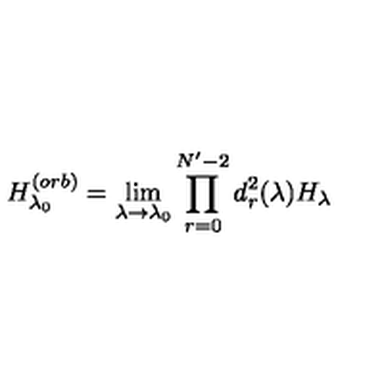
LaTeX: H _ { \lambda _ { 0 } } ^ { ( o r b ) } = \lim _ { \lambda \rightarrow \lambda _ { 0 } } \prod _ { r = 0 } ^ { N ^ { \prime } - 2 } d _ { r } ^ { 2 } ( \lambda ) H _ { \lambda }